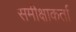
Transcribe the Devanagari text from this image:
समीक्षाकर्ता